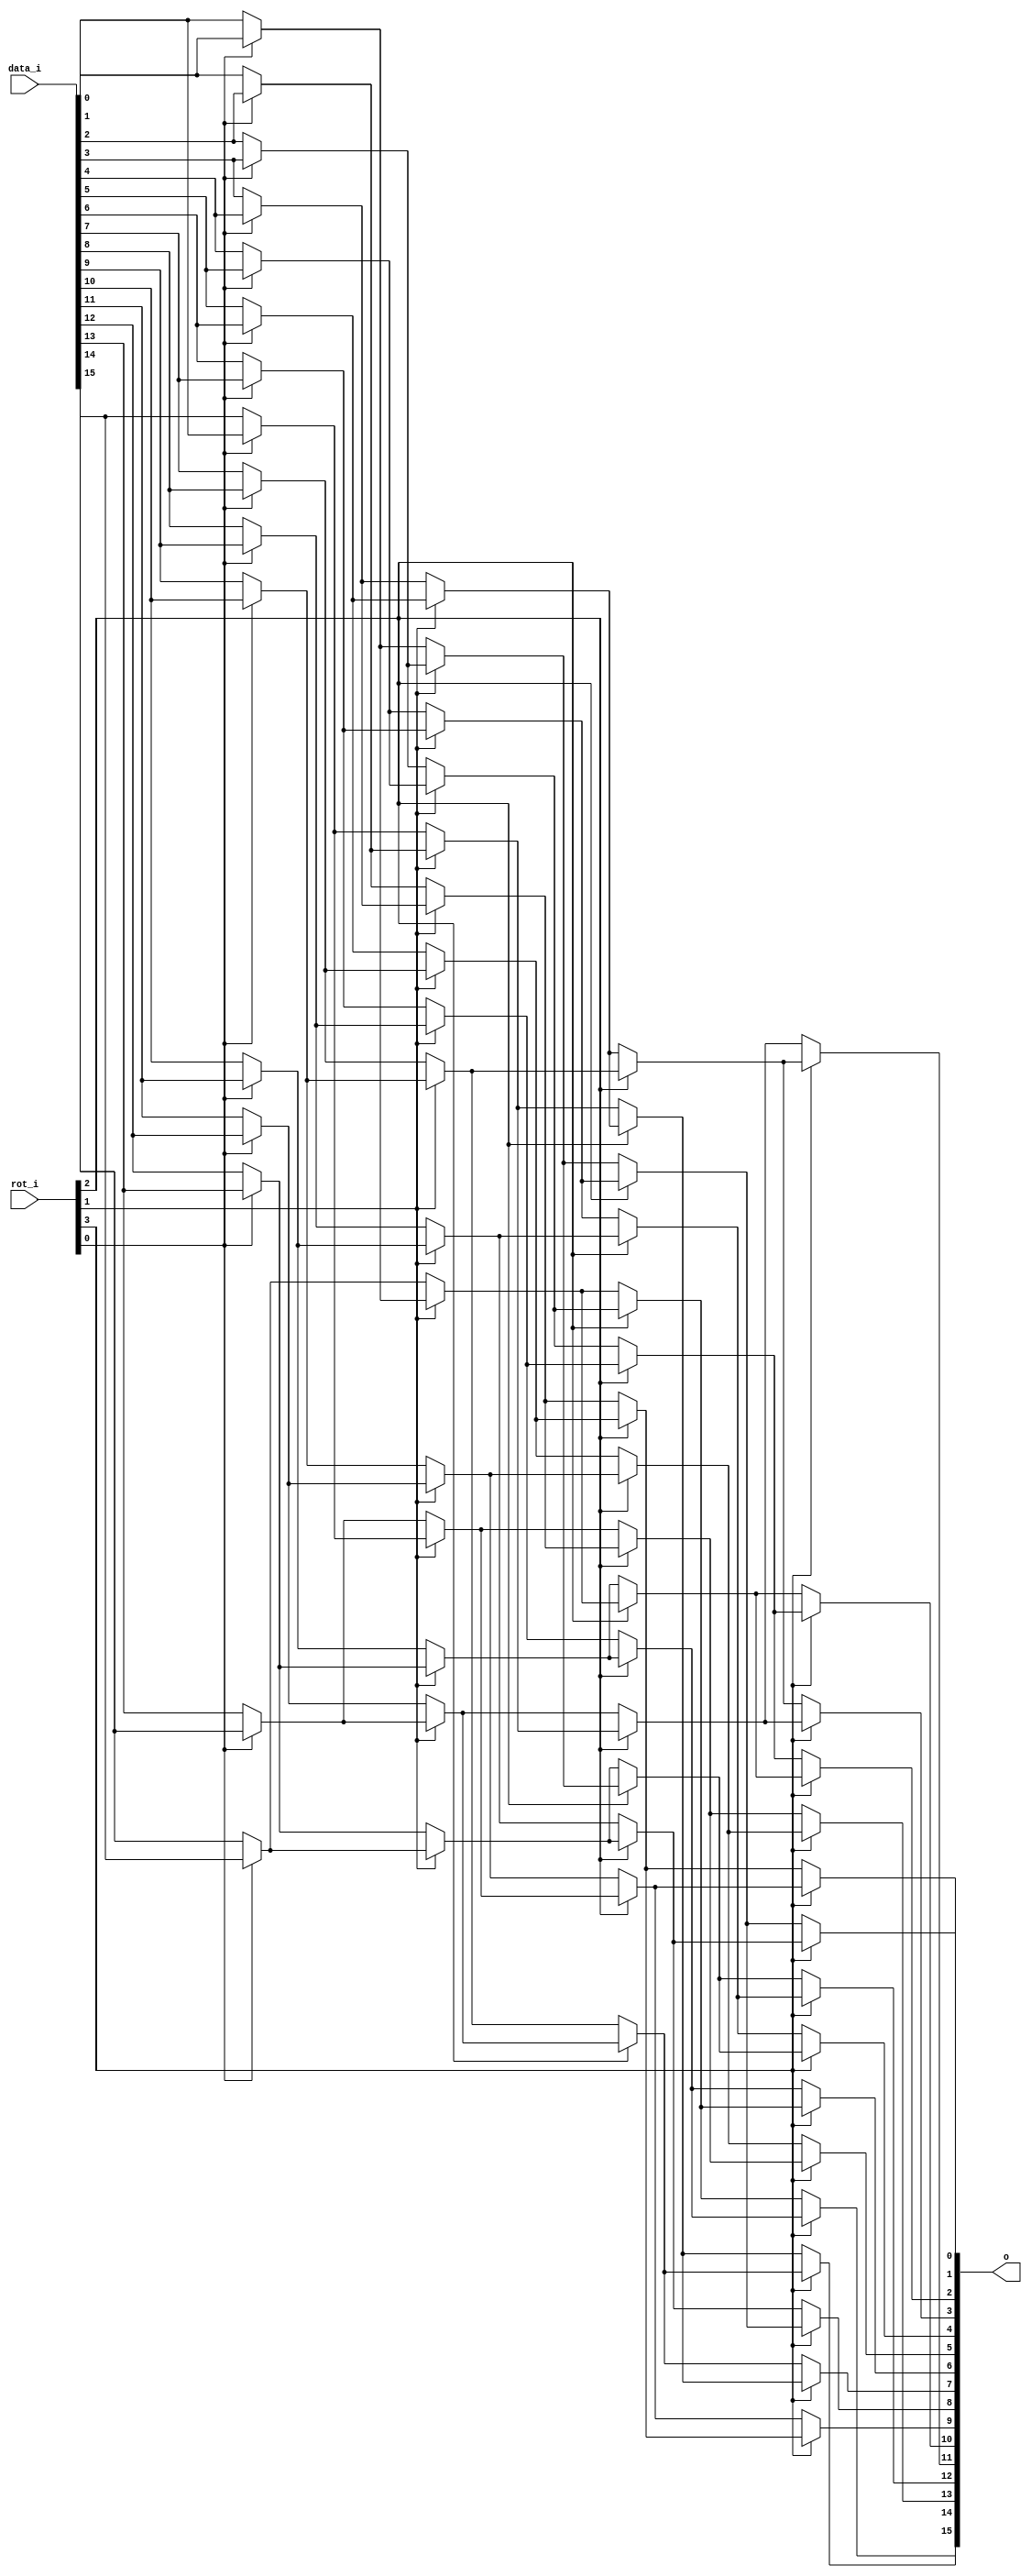
// This program was cloned from: https://github.com/chipsalliance/synlig
// License: Apache License 2.0

/* Generated by Yosys 0.27+9 (git sha1 101d19bb6, gcc 11.2.0-7ubuntu2 -fPIC -Os) */

(* top =  1  *)

module bsg_rotate_right(data_i, rot_i, o);
  wire _000_;
  wire _001_;
  wire _002_;
  wire _003_;
  wire _004_;
  wire _005_;
  wire _006_;
  wire _007_;
  wire _008_;
  wire _009_;
  wire _010_;
  wire _011_;
  wire _012_;
  wire _013_;
  wire _014_;
  wire _015_;
  wire _016_;
  wire _017_;
  wire _018_;
  wire _019_;
  wire _020_;
  wire _021_;
  wire _022_;
  wire _023_;
  wire _024_;
  wire _025_;
  wire _026_;
  wire _027_;
  wire _028_;
  wire _029_;
  wire _030_;
  wire _031_;
  wire _032_;
  wire _033_;
  wire _034_;
  wire _035_;
  wire _036_;
  wire _037_;
  wire _038_;
  wire _039_;
  wire _040_;
  wire _041_;
  wire _042_;
  wire _043_;
  wire _044_;
  wire _045_;
  wire _046_;
  wire _047_;
  
  input [15:0] data_i;
  wire [15:0] data_i;
  
  output [15:0] o;
  wire [15:0] o;
  
  input [3:0] rot_i;
  wire [3:0] rot_i;
  
  wire [31:0] temp;
  assign _000_ = rot_i[0] ? data_i[1] : data_i[0];
  assign _001_ = rot_i[0] ? data_i[3] : data_i[2];
  assign _002_ = rot_i[1] ? _001_ : _000_;
  assign _003_ = rot_i[0] ? data_i[5] : data_i[4];
  assign _004_ = rot_i[0] ? data_i[7] : data_i[6];
  assign _005_ = rot_i[1] ? _004_ : _003_;
  assign _006_ = rot_i[2] ? _005_ : _002_;
  assign _007_ = rot_i[0] ? data_i[9] : data_i[8];
  assign _008_ = rot_i[0] ? data_i[11] : data_i[10];
  assign _009_ = rot_i[1] ? _008_ : _007_;
  assign _010_ = rot_i[0] ? data_i[13] : data_i[12];
  assign _011_ = rot_i[0] ? data_i[15] : data_i[14];
  assign _012_ = rot_i[1] ? _011_ : _010_;
  assign _013_ = rot_i[2] ? _012_ : _009_;
  assign o[0] = rot_i[3] ? _013_ : _006_;
  assign _014_ = rot_i[0] ? data_i[2] : data_i[1];
  assign _015_ = rot_i[0] ? data_i[4] : data_i[3];
  assign _016_ = rot_i[1] ? _015_ : _014_;
  assign _017_ = rot_i[0] ? data_i[6] : data_i[5];
  assign _018_ = rot_i[0] ? data_i[8] : data_i[7];
  assign _019_ = rot_i[1] ? _018_ : _017_;
  assign _020_ = rot_i[2] ? _019_ : _016_;
  assign _021_ = rot_i[0] ? data_i[10] : data_i[9];
  assign _022_ = rot_i[0] ? data_i[12] : data_i[11];
  assign _023_ = rot_i[1] ? _022_ : _021_;
  assign _024_ = rot_i[0] ? data_i[14] : data_i[13];
  assign _025_ = rot_i[0] ? data_i[0] : data_i[15];
  assign _026_ = rot_i[1] ? _025_ : _024_;
  assign _027_ = rot_i[2] ? _026_ : _023_;
  assign o[1] = rot_i[3] ? _027_ : _020_;
  assign _028_ = rot_i[1] ? _003_ : _001_;
  assign _029_ = rot_i[1] ? _007_ : _004_;
  assign _030_ = rot_i[2] ? _029_ : _028_;
  assign _031_ = rot_i[1] ? _010_ : _008_;
  assign _032_ = rot_i[1] ? _000_ : _011_;
  assign _033_ = rot_i[2] ? _032_ : _031_;
  assign o[2] = rot_i[3] ? _033_ : _030_;
  assign _034_ = rot_i[1] ? _017_ : _015_;
  assign _035_ = rot_i[1] ? _021_ : _018_;
  assign _036_ = rot_i[2] ? _035_ : _034_;
  assign _037_ = rot_i[1] ? _024_ : _022_;
  assign _038_ = rot_i[1] ? _014_ : _025_;
  assign _039_ = rot_i[2] ? _038_ : _037_;
  assign o[3] = rot_i[3] ? _039_ : _036_;
  assign _040_ = rot_i[2] ? _009_ : _005_;
  assign _041_ = rot_i[2] ? _002_ : _012_;
  assign o[4] = rot_i[3] ? _041_ : _040_;
  assign _042_ = rot_i[2] ? _023_ : _019_;
  assign _043_ = rot_i[2] ? _016_ : _026_;
  assign o[5] = rot_i[3] ? _043_ : _042_;
  assign _044_ = rot_i[2] ? _031_ : _029_;
  assign _045_ = rot_i[2] ? _028_ : _032_;
  assign o[6] = rot_i[3] ? _045_ : _044_;
  assign _046_ = rot_i[2] ? _037_ : _035_;
  assign _047_ = rot_i[2] ? _034_ : _038_;
  assign o[7] = rot_i[3] ? _047_ : _046_;
  assign o[8] = rot_i[3] ? _006_ : _013_;
  assign o[9] = rot_i[3] ? _020_ : _027_;
  assign o[10] = rot_i[3] ? _030_ : _033_;
  assign o[11] = rot_i[3] ? _036_ : _039_;
  assign o[12] = rot_i[3] ? _040_ : _041_;
  assign o[13] = rot_i[3] ? _042_ : _043_;
  assign o[14] = rot_i[3] ? _044_ : _045_;
  assign o[15] = rot_i[3] ? _046_ : _047_;
  assign temp = { 16'hxxxx, o };
endmodule